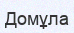
Домұла